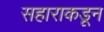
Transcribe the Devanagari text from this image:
सहाराकडून